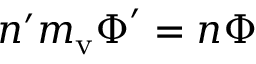
n ^ { \prime } m _ { \mathrm { v } } \boldsymbol \Phi ^ { \prime } = n \boldsymbol \Phi